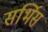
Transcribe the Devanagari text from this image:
सर्भिस